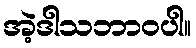
အဲ့ဒါသဘာဝပါ။